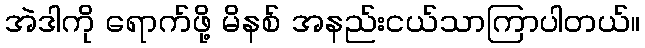
အဲဒါကို ရောက်ဖို့ မိနစ် အနည်းငယ်သာကြာပါတယ်။